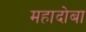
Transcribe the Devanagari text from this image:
महादोबा